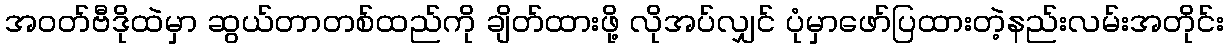
အဝတ်ဗီဒိုထဲမှာ ဆွယ်တာတစ်ထည်ကို ချိတ်ထားဖို့ လိုအပ်လျှင် ပုံမှာဖော်ပြထားတဲ့နည်းလမ်းအတိုင်း